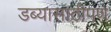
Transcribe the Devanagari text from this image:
डब्यासाठीपण